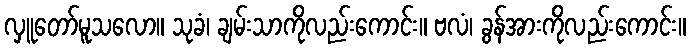
လှူတော်မူသလော။ သုခံ၊ ချမ်းသာကိုလည်းကောင်း။ ဗလံ၊ ခွန်အားကိုလည်းကောင်း။